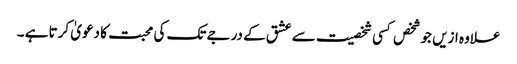
علاوہ ازیں جو شخص کسی شخصیت سے عشق کے درجے تک کی محبت کا دعویٰ کرتا ہے ۔